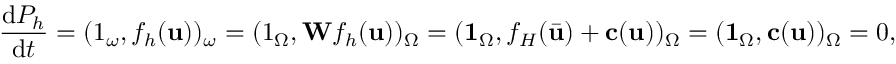
\frac { \mathrm { d } P _ { h } } { \mathrm { d } t } = ( \boldsymbol { 1 } _ { \omega } , f _ { h } ( \mathbf { u } ) ) _ { \omega } = ( \boldsymbol { 1 } _ { \Omega } , \mathbf { W } f _ { h } ( \mathbf { u } ) ) _ { \Omega } = ( \mathbf { 1 } _ { \Omega } , f _ { H } ( \bar { \mathbf { u } } ) + \mathbf { c } ( \mathbf { u } ) ) _ { \Omega } = ( \mathbf { 1 } _ { \Omega } , \mathbf { c } ( \mathbf { u } ) ) _ { \Omega } = 0 ,